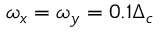
\omega _ { x } = \omega _ { y } = 0 . 1 \Delta _ { c }